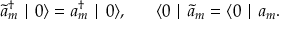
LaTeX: \tilde { a } _ { m } ^ { \dagger } \mid 0 \rangle = a _ { m } ^ { \dagger } \mid 0 \rangle , \; \; \; \; \; \; \langle 0 \mid \tilde { a } _ { m } = \langle 0 \mid a _ { m } .